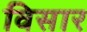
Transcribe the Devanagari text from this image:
विसार